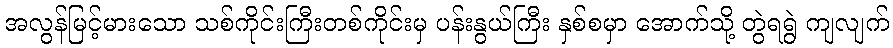
အလွန်မြင့်မားသော သစ်ကိုင်းကြီးတစ်ကိုင်းမှ ပန်းနွယ်ကြီး နှစ်စမှာ အောက်သို့ တွဲရရွဲ ကျလျက်